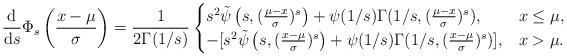
LaTeX: \begin{align*}\frac{\mathrm{d}}{\mathrm{d}s}\Phi_s\left(\frac{x-\mu}{\sigma}\right)&=\frac{1}{2\Gamma(1/s)}\begin{cases}s^2\tilde\psi\left( s, (\frac{\mu-x}{\sigma})^s\right)+ \psi(1/s)\Gamma(1/s, (\frac{\mu-x}{\sigma})^s),&x\leq\mu,\\-[s^2\tilde\psi\left( s, (\frac{x-\mu}{\sigma})^s\right)+ \psi(1/s)\Gamma(1/s, (\frac{x-\mu}{\sigma})^s)],&x>\mu.\end{cases}\end{align*}